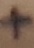
Text: +